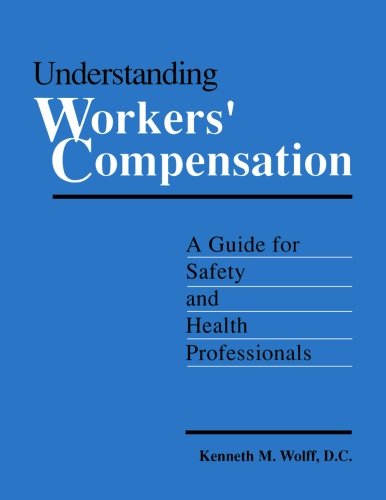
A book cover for Understanding Workers' Compensation: A Guide for Safety and Health Professionals; Kenneth Wolff D.C.; Law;